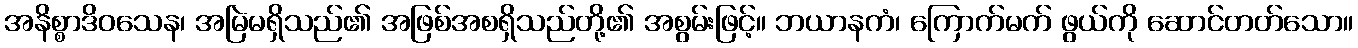
အနိစ္စာဒိဝသေန၊ အမြဲမရှိသည်၏ အဖြစ်အစရှိသည်တို့၏ အစွမ်းဖြင့်။ ဘယာနကံ၊ ကြောက်မက် ဖွယ်ကို ဆောင်တတ်သော။